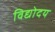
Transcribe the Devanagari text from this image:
विद्योदय